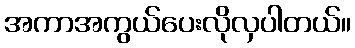
အကာအကွယ်ပေးလိုလှပါတယ်။